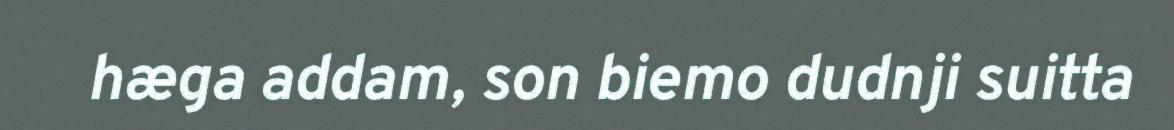
hæga addam, son biemo dudnji suitta